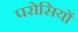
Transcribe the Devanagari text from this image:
परोसियों